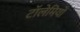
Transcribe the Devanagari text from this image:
टॉलेमियों